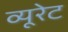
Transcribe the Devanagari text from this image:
व्यूरेट